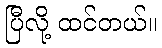
ပြီလို့ ထင်တယ်။